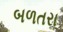
બળતરા